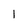
Character: 1